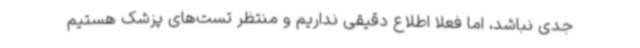
جدی نباشد، اما فعلا اطلاع دقیقی نداریم و منتظر تست‌های پزشک هستیم